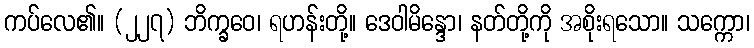
ကပ်လေ၏။ (၂၂၇) ဘိက္ခဝေ၊ ရဟန်းတို့။ ဒေဝါမိန္ဒော၊ နတ်တို့ကို အစိုးရသော။ သက္ကော၊